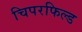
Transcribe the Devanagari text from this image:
चिपरफिल्ड